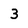
Character: 3